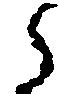
ら